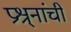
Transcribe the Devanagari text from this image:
प्रश्र्नांची